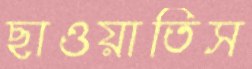
ছাওয়াতিস